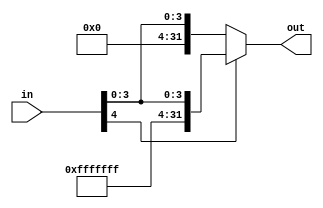
`timescale 1ns / 1ps
//////////////////////////////////////////////////////////////////////////////////
// Company: 
// Engineer: 
// 
// Design Name: 
// Module Name: SignExtend5To32
// Project Name: 
// Target Devices: 
// Tool Versions: 
// Description: 
// 
// Dependencies: 
// 
// Revision:
// Revision 0.01 - File Created
// Additional Comments:
// 
//////////////////////////////////////////////////////////////////////////////////


module SignExtend5To32(in, out);
    
        input [4:0] in;
        
        /* A 32-Bit output word */
        output reg [31:0] out;
        
        /* Fill in the implementation here ... */
        
        
        always @ (*)    begin
            if (in[4] == 0)    begin
                out <= {27'b0, in};
            end
            else begin    
                out <= {27'b111111111111111111111111111, in};
    
            end
        
        end
endmodule